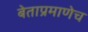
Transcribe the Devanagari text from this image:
बेताप्रमाणेच